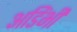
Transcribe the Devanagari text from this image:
अडिंभी